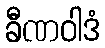
ခီဏဝါဒံ